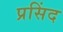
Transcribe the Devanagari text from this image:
प्रसिंद